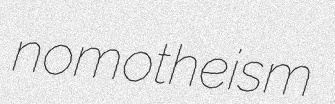
nomotheism